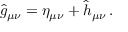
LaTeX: \widehat g _ { \mu \nu } = \eta _ { \mu \nu } + \widehat h _ { \mu \nu } \, .